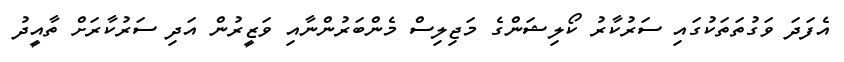
އެފަދަ ވަގުތަތަކުގައި ސަރުކާރު ކޯލިޝަންގެ މަޖިލިސް މެންބަރުންނާއި ވަޒީރުން އަދި ސަރުކާރަށް ތާއީދު